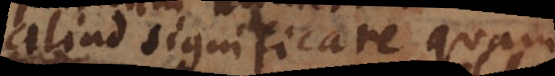
aliud significare quam